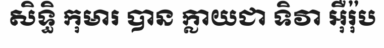
សិទ្ធិ កុមារ បាន ក្លាយជា ទិវា អ៊ឺរ៉ុប